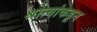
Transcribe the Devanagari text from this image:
श्रोत्यांकडून